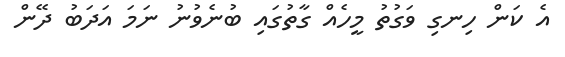
އެ ކަން ހިނގި ވަގުތު މީހެއް ގާތުގައި ބުނެވުނު ނަމަ އަދަބު ދޭން